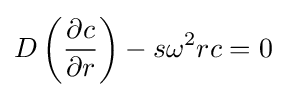
D\left({\frac {\partial c}{\partial r}}\right)-s\omega ^{2}rc=0